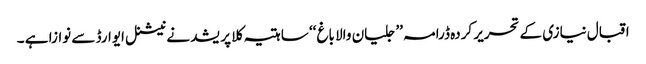
اقبال نیازی کے تحریر کردہ ڈرامہ ’’ جلیان والا باغ ‘‘ ساہتیہ کلا پریشد نے نیشنل ایوارڈ سے نوازا ہے ۔